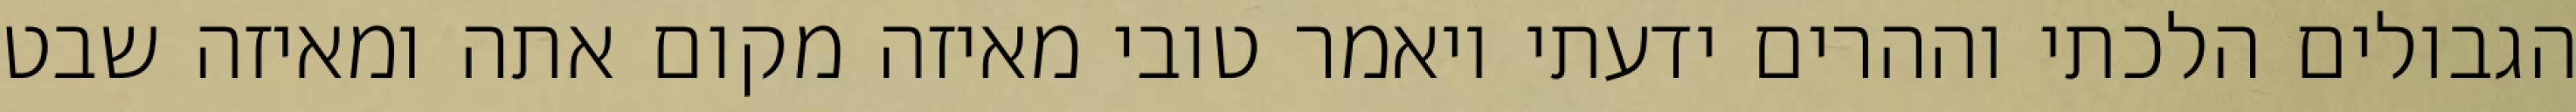
הגבולים הלכתי וההרים ידעתי ויאמר טובי מאיזה מקום אתה ומאיזה שבט